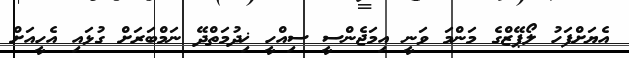
އެޔަށްފަހު ލޯޕޭޒްގެ މަންމަ ވަނީ އިމަޖެންސީ ސިއްހީ ޚިދުމަތްދޭ ނަމްބަރަށް ގުޅައި އެހީއަށް